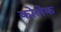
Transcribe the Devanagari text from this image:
कोलेक